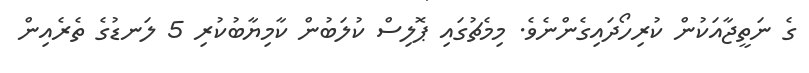
ގެ ނަތީޖާއަކުން ކުރިހޯދައިގެންނެވެ. މިމެޗުގައި ޕޮލިސް ކުލަބުން ކާމިޔާބުކުރި 5 ލަނޑުގެ ތެރެއިން